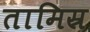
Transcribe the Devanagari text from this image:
तामिस्र